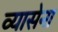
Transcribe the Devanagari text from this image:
व्यासेना